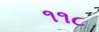
૧૧૮